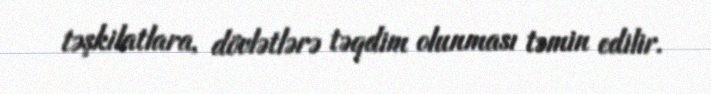
təşkilatlara, dövlətlərə təqdim olunması təmin edilir.